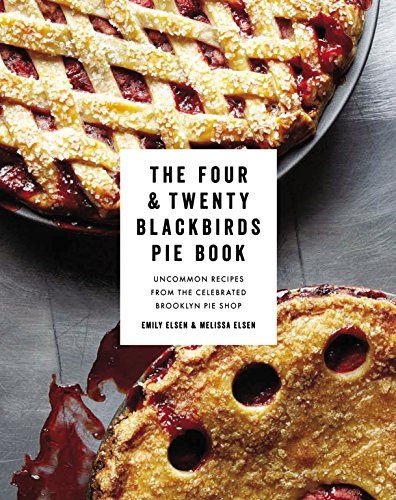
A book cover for The Four & Twenty Blackbirds Pie Book: Uncommon Recipes from the Celebrated Brooklyn Pie Shop; Emily Elsen; Cookbooks, Food & Wine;